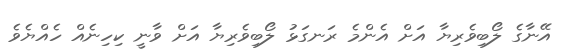
އޭނާގެ ލޯބިވެރިޔާ އަށް އެންމެ ރަނގަޅު ލޯބިވެރިޔާ އަށް ވާނީ ކިހިނެއް ހެއްޔެވެ